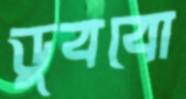
ডুববো